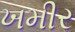
ખમીર